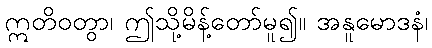
ဣတိဝတွာ၊ ဤသို့မိန့်တော်မူ၍။ အနူမောဒနံ၊